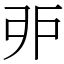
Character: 戼